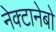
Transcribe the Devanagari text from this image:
नेक्टानेबो